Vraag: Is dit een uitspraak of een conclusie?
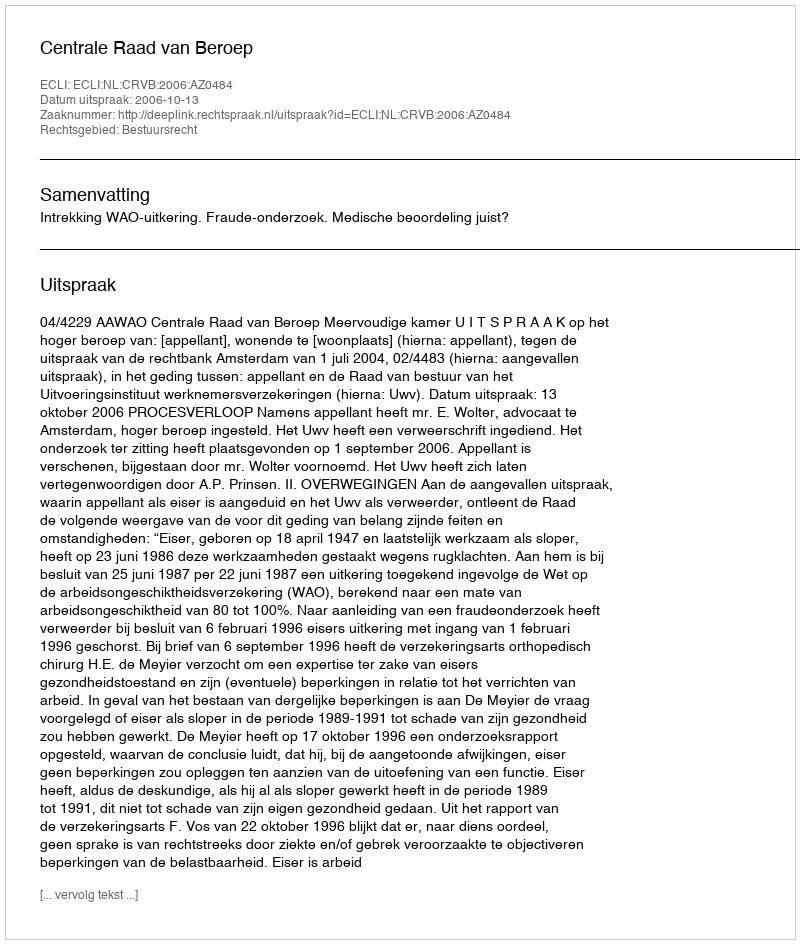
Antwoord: Uitspraak